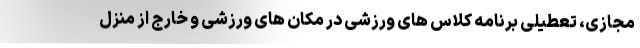
مجازی، تعطیلی برنامه کلاس های ورزشی در مکان های ورزشی و خارج از منزل